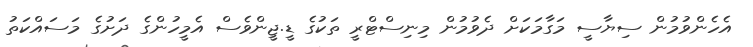
އެހެންވުމުން ސިޔާސީ މަގާމަކަށް ދެވުމުން މިނިސްޓްރީ ތަކުގެ ޑީ.ޖީންވެސް އެމީހުންގެ ދަށުގެ މަސައްކަތު